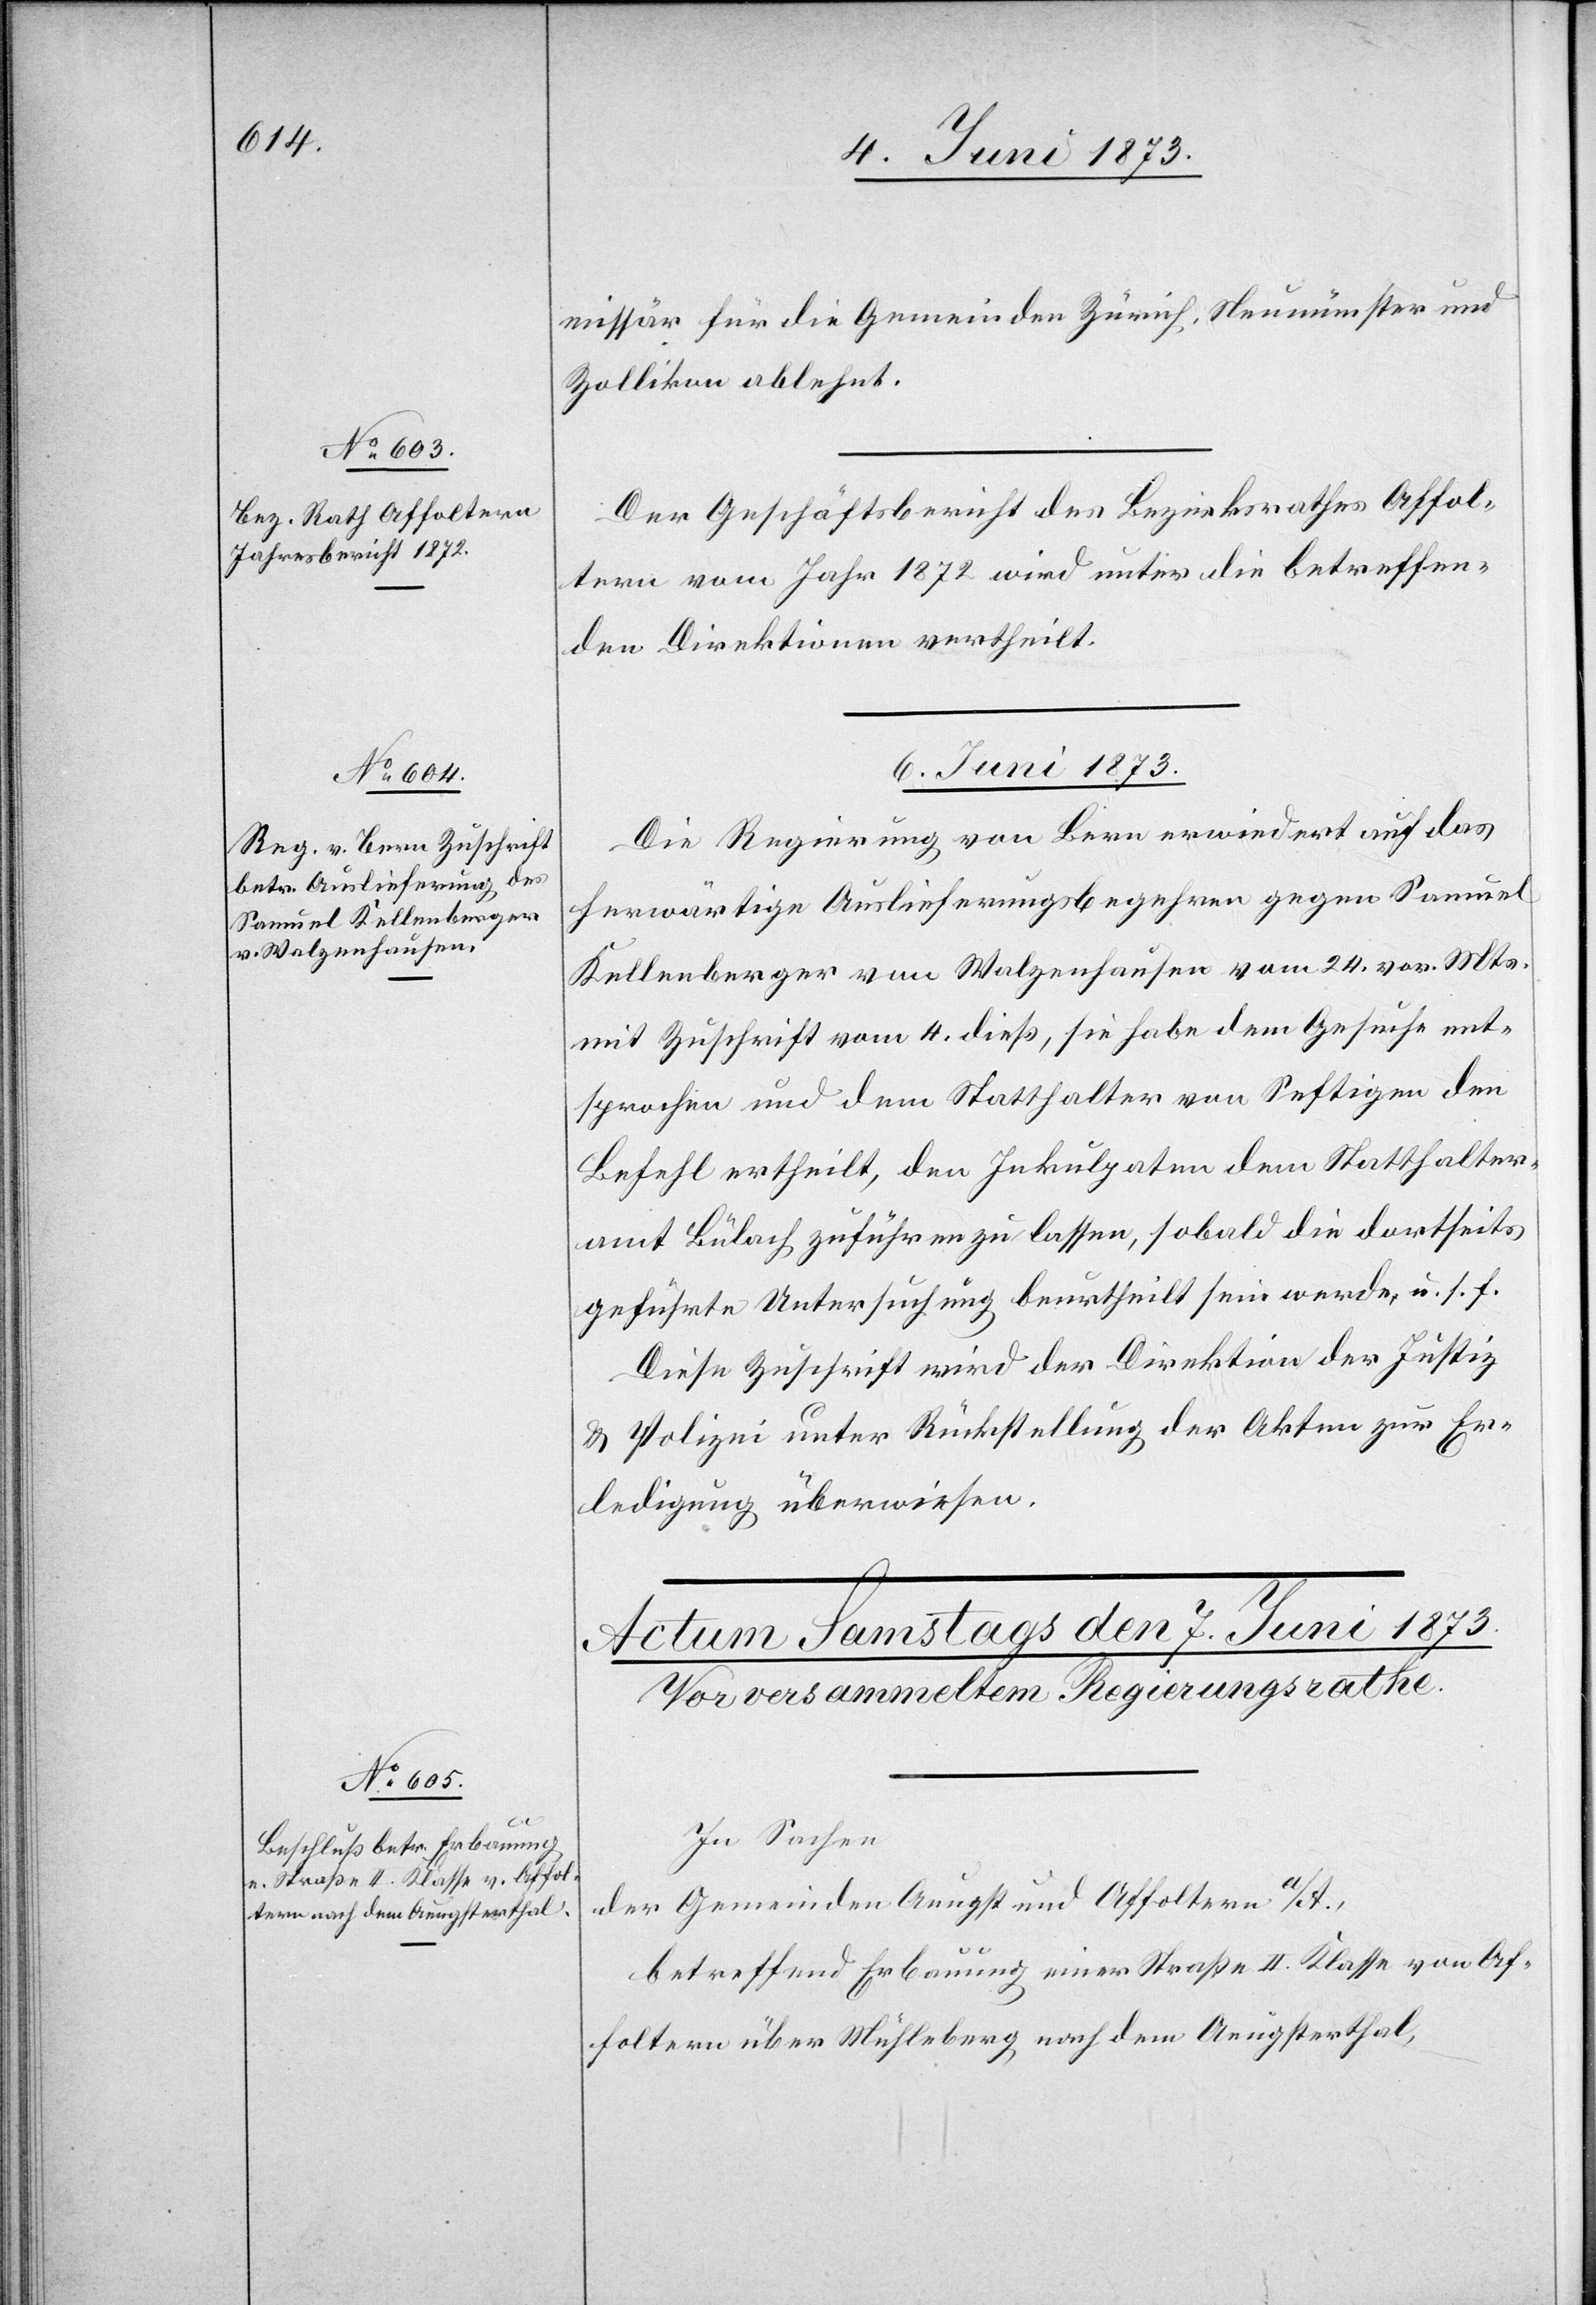
missär für die Gemeinden Zürich, Neumünster und
Zollikon ablehnt.
Der Geschäftsbericht des Bezirksrathes Affol¬
tern vom Jahr 1872 wird unter die betreffen¬
den Direktionen vertheilt.
6. Juni 1873.
Die Regierung von Bern erwiedert auf das
herwärtige Auslieferungsbegehren gegen Samuel
Kellenberger von Walzenhausen vom 24. vor. Mts.
mit Zuschrift vom 4. dieß, sie habe dem Gesuche ent¬
sprochen und dem Statthalter von Seftigen den
Befall ertheilt, den Inkulpaten dem Statthalter¬
amt Bülach zuführen zu lassen, sobald die dortseits
geführte Untersuchung beurtheilt sein werde, u. s. f.
Diese Zuschrift wird der Direktion der Justiz
& Polizei unter Rückstellung der Akten zur Er¬
ledigung überwiesen.
In Sachen
der Gemeinde Aeugst und Affoltern a/A.,
betreffend Erbauung einer Straße II. Klasse von Af¬
foltern über Mühleberg nach dem Aeugsterthal,